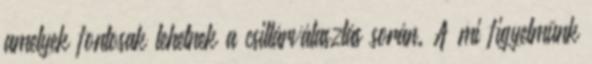
amelyek fontosak lehetnek a csillárválasztás során. A mi figyelmünk